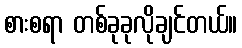
စားစရာ တစ်ခုခုလိုချင်တယ်။